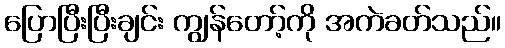
ပြောပြီးပြီးချင်း ကျွန်တော့်ကို အကဲခတ်သည်။